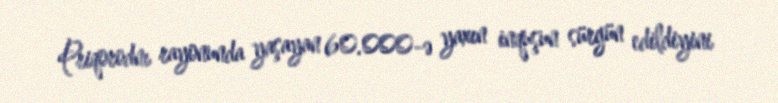
Priqorodnı rayonunda yaşayan 60.000-ə yaxın inquşun sürgün edildiyini